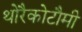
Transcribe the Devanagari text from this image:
थोरैकोटौमी